NASA-UAP-D3, Gemini 7 Transcript, 1965
Agency: NASA
Incident date: 1965
Incident location: Moon
Page 3
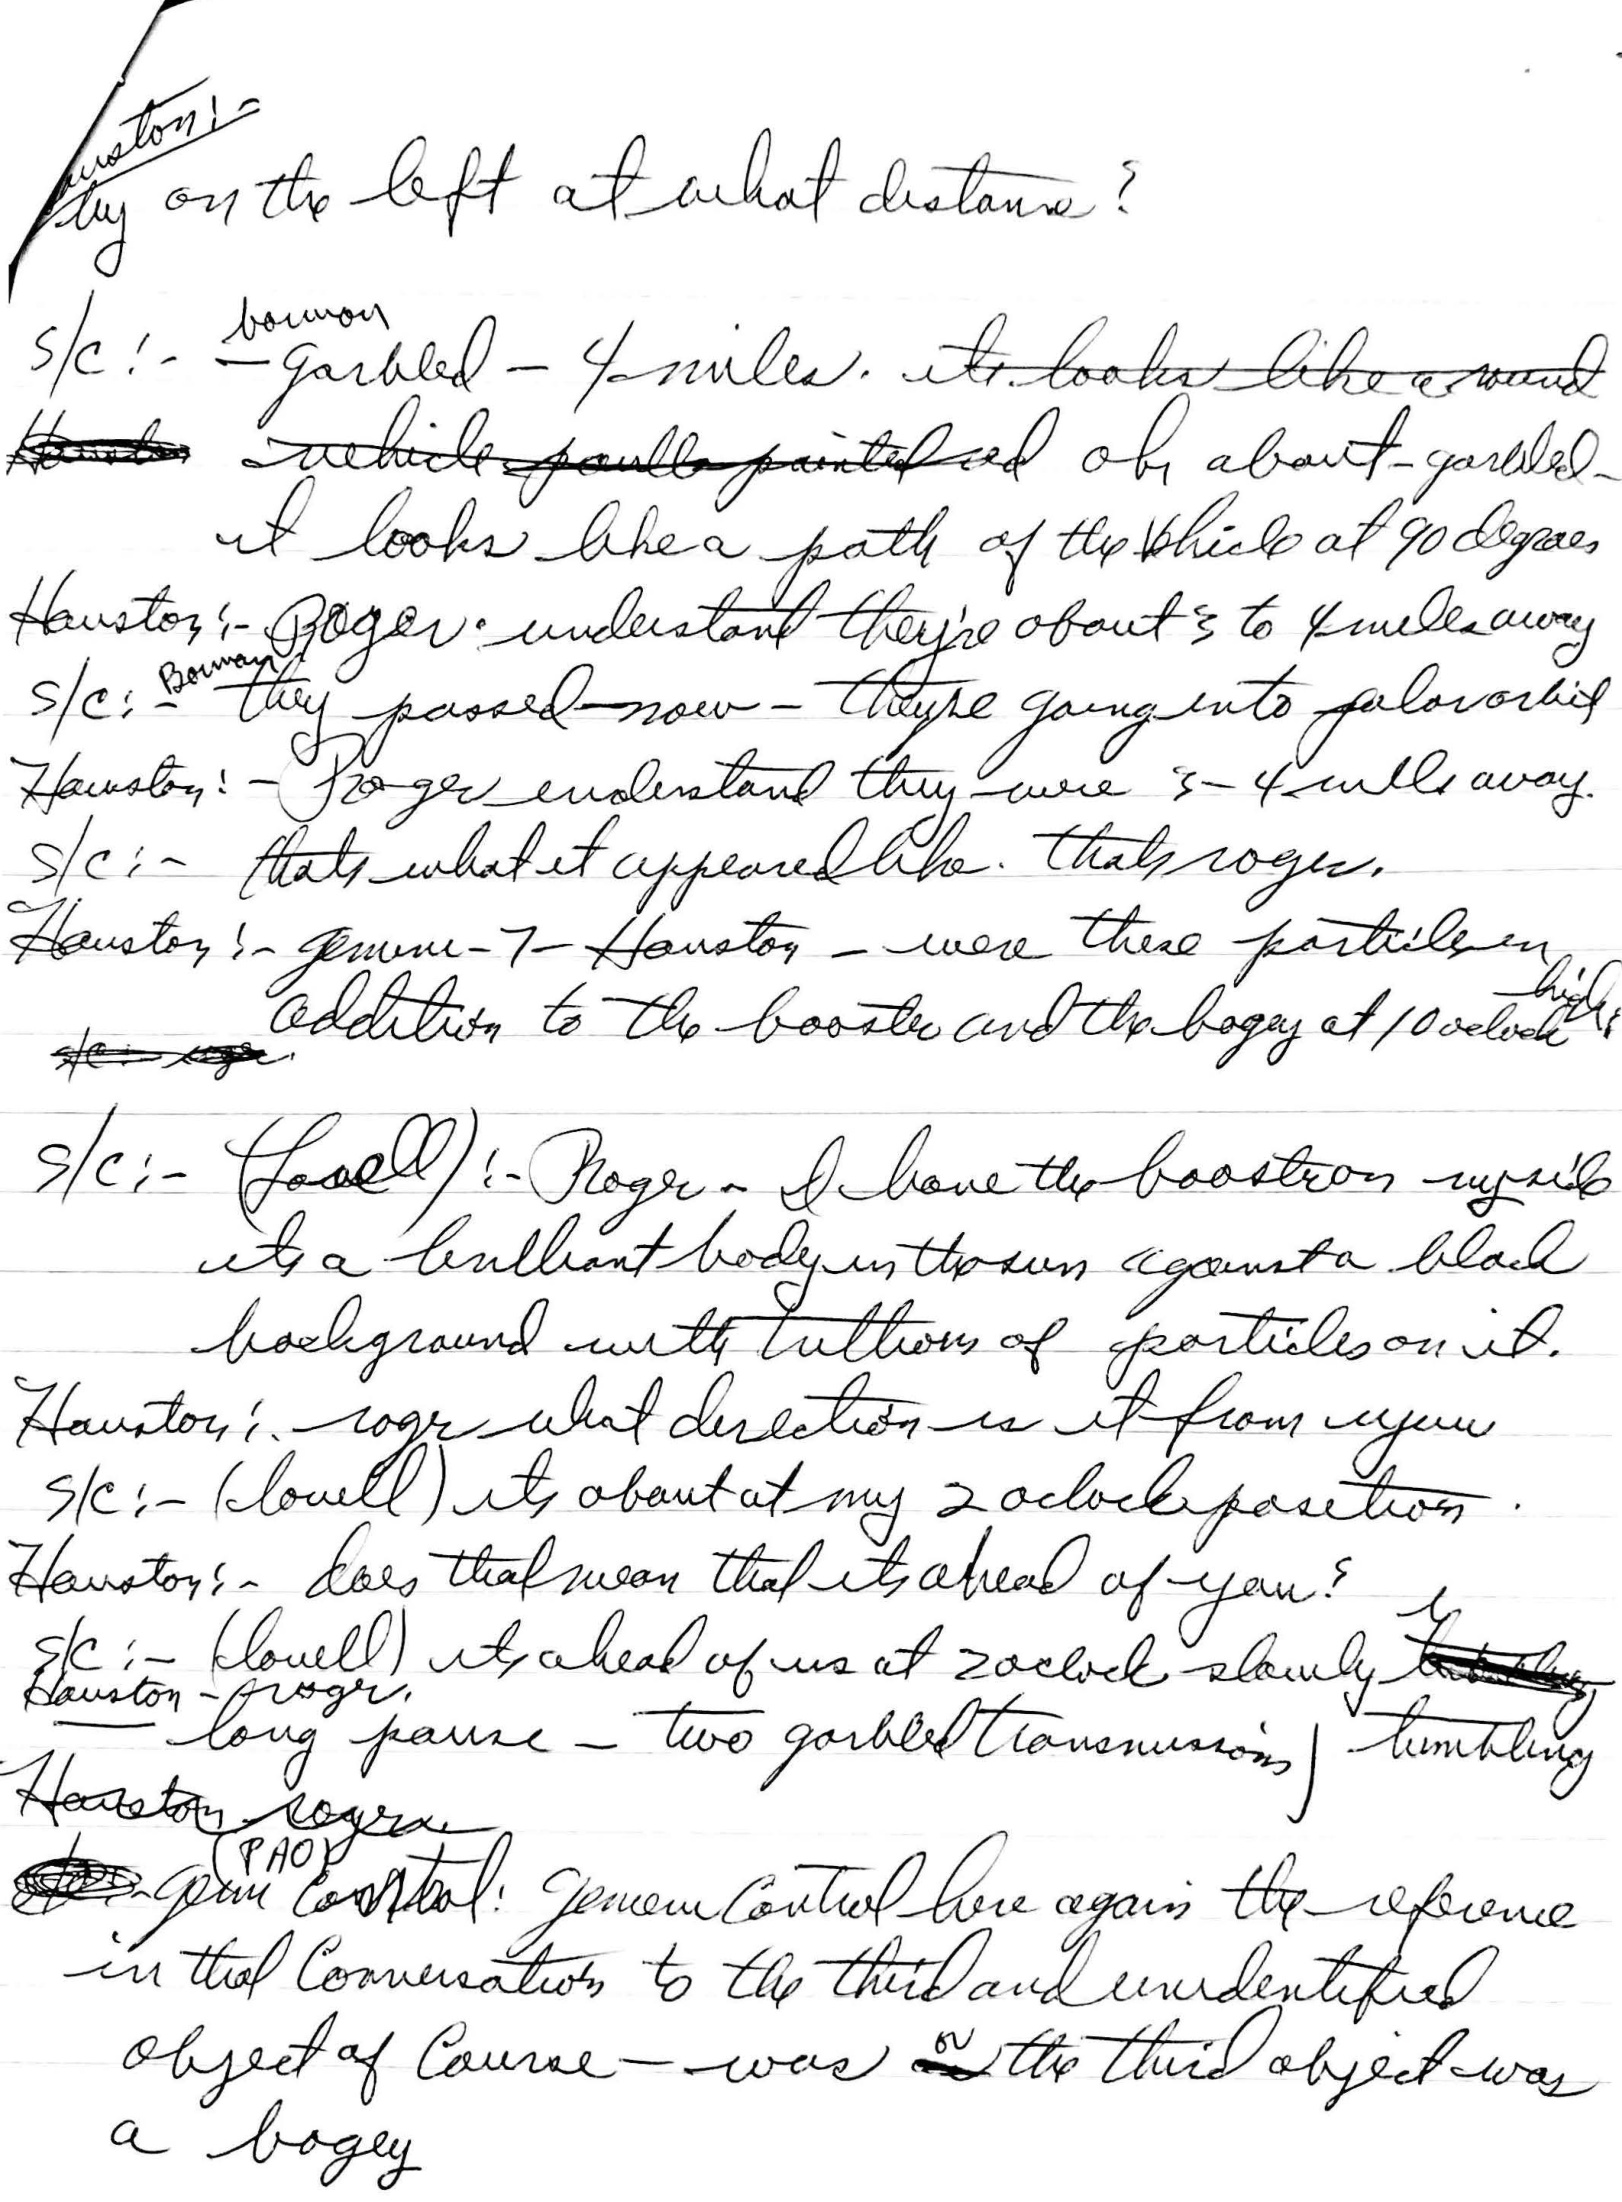